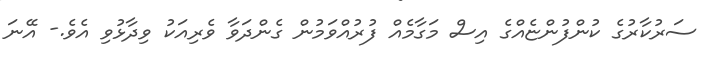
ސަރުކާރުގެ ކުންފުންޏެއްގެ އިސް މަގާމެއް ފުރުއްވަމުން ގެންދަވާ ވެރިއަކު ވިދާޅުވި އެވެ.- އޭނަ